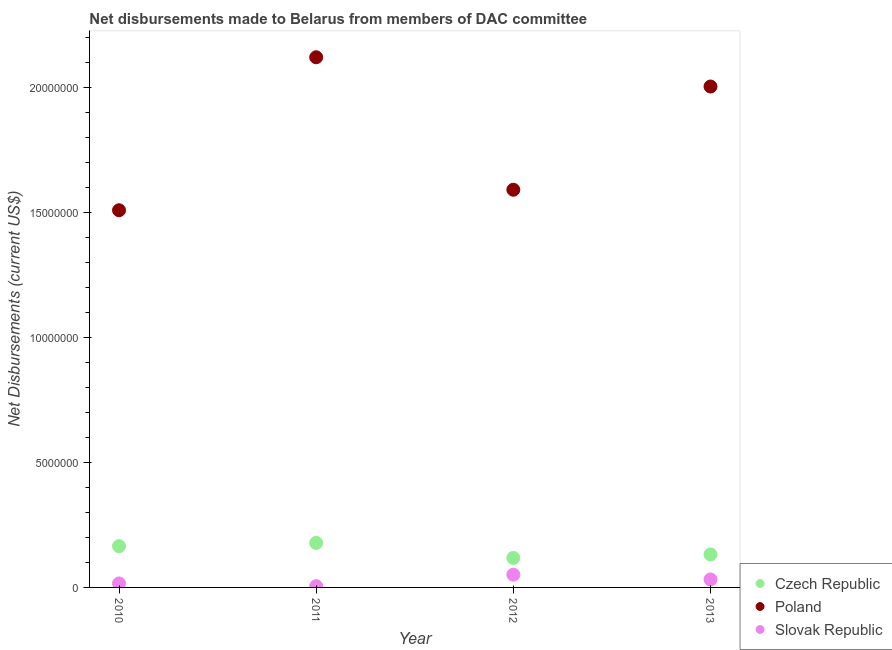
| Year | Czech Republic | Poland | Slovak Republic |
 | --- | --- | --- | --- |
 | 2010 | 1.65e+06 | 1.51e+07 | 1.6e+05 |
 | 2011 | 1.78e+06 | 2.12e+07 | 5e+04 |
 | 2012 | 1.18e+06 | 1.59e+07 | 5.1e+05 |
 | 2013 | 1.32e+06 | 2e+07 | 3.2e+05 |